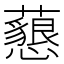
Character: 𧄅